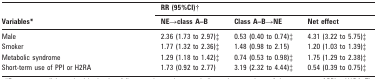
| <ROWSPAN=2> Variables* | <COLSPAN=3> RR (95%CI)† |
 | NE→class A–B | Class A–B→NE | Net effect |
 | --- | --- | --- | --- |
 | Male | 2.36 (1.73 to 2.97)‡ | 0.53 (0.40 to 0.74)‡ | 4.31 (3.22 to 5.75)‡ |
 | Smoker | 1.77 (1.32 to 2.36)‡ | 1.48 (0.98 to 2.15) | 1.20 (1.03 to 1.39)‡ |
 | Metabolic syndrome | 1.29 (1.18 to 1.42)‡ | 0.74 (0.53 to 0.98)‡ | 1.75 (1.29 to 2.38)‡ |
 | Short-term use of PPI or H2RA | 1.73 (0.92 to 2.77) | 3.19 (2.32 to 4.44)‡ | 0.54 (0.39 to 0.75)‡ |